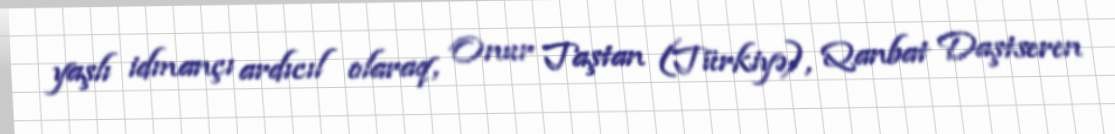
yaşlı idmançı ardıcıl olaraq, Onur Taştan (Türkiyə), Qanbat Daştseren